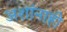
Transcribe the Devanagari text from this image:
अशांनाही